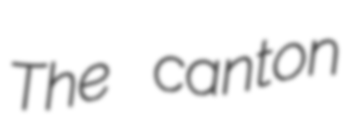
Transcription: The canton